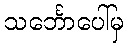
သင်္ဘောပေါ်မှ